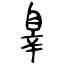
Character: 辠